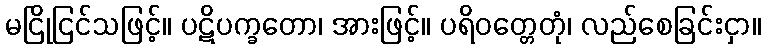
မငြိုငြင်သဖြင့်။ ပဋိပက္ခတော၊ အားဖြင့်။ ပရိဝတ္တေတုံ၊ လည်စေခြင်းငှာ။